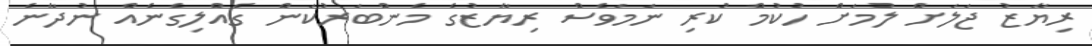
ރިޔާޒު ޖަލަށް ލުމަށް ހުކުމް ކުރި ނަމަވެސް ރިޔާޒުގެ މެންބަރުކަން ގެއްލިގެނެއް ނުދާނެ